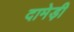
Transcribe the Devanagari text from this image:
दामेड़ी